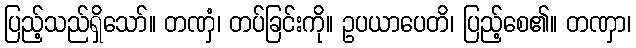
ပြည့်သည်ရှိသော်။ တဏှံ၊ တပ်ခြင်းကို။ ဥပယာပေတိ၊ ပြည့်စေ၏။ တဏှာ၊